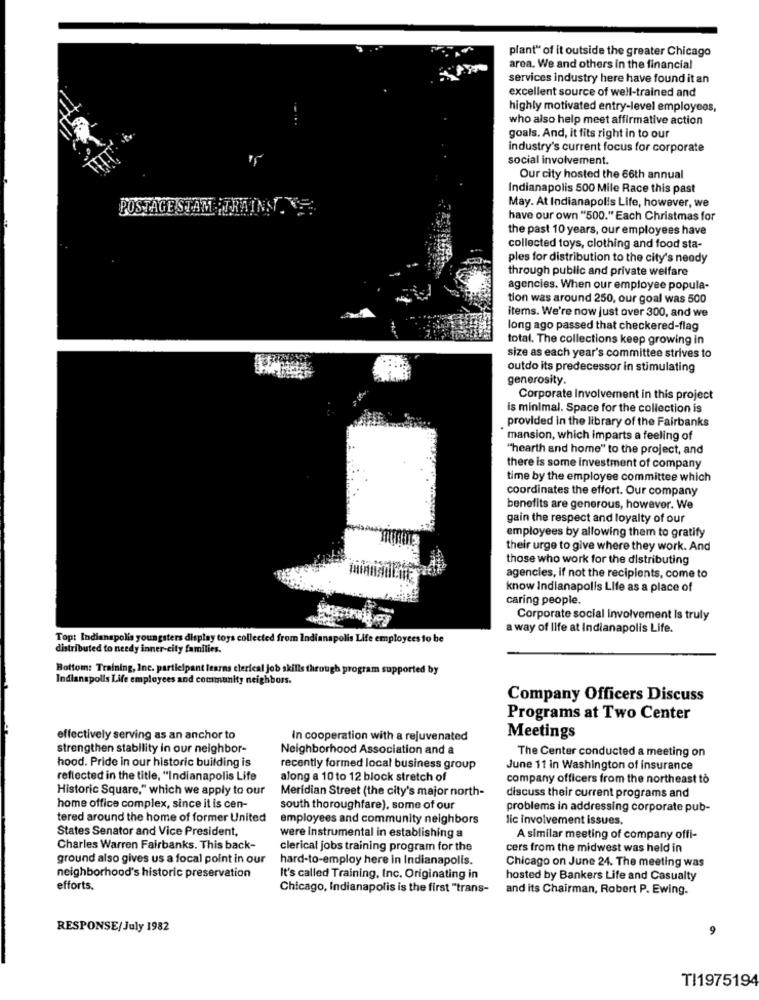
plant" of it outside the greater Chicago
area. We and others in the financial
services industry here have found it an
excellent source of well-trained and
highly motivated entry-level employees,
who also help meet affirmative action
goals. And, it fits right in to our
industry's current focus for corporate
social involvement.
Our city hosted the 66th annual
Indianapolis 500 Mile Race this past
POSTAGE STAM IT
May. At Indianapolis Life, however, we
have our own "500." Each Christmas for
the past 10 years, our employees have
collected toys, clothing and food sta-
ples for distribution to the city's needy
through public and private welfare
agencies. When our employee popula-
tion was around 250, our goal was 500
items. We're now just over 300, and we
long ago passed that checkered-flag
total. The collections keep growing in
size as each year's committee strives to
outdo its predecessor in stimulating
generosity.
Corporate Involvement in this project
is minimal. Space for the collection is
provided in the library of the Fairbanks
mansion, which imparts a feeling of
"hearth and home" to the project, and
there is some investment of company
time by the employee committee which
coordinates the effort. Our company
benefits are generous, however. We
gain the respect and loyalty of our
employees by allowing them to gratify
their urge to give where they work. And
those who work for the distributing
agencies, if not the recipients, come to
know Indianapolis Life as a place of
caring people.
Corporate social involvement Is truly
a way of life at Indianapolis Life.
Top: Indianapolis youngsters display toys collected from Indianapolis Life employees to be
distributed to needy inner-city families.
Bottom: Training, Inc. participant learns clerical job skills through program supported by
Indianapolis Life employees and community neighbors.
Company Officers Discuss
Programs at Two Center
effectively serving as an anchor to
In cooperation with a rejuvenated
Meetings
strengthen stability in our neighbor-
Neighborhood Association and a
hood. Pride in our historic building is
The Center conducted a meeting on
recently formed local business group
June 11 in Washington of insurance
reflected in the title, "Indianapolis Life
along a 10 to 12 block stretch of
company officers from the northeast to
Historic Square," which we apply to our
Meridian Street (the city's major north-
discuss their current programs and
home office complex, since it is cen-
south thoroughfare), some of our
problems in addressing corporate pub-
tered around the home of former United
employees and community neighbors
lic involvement issues.
States Senator and Vice President,
were instrumental in establishing a
A similar meeting of company offi-
Charles Warren Fairbanks. This back-
clerical jobs training program for the
cers from the midwest was held in
ground also gives us a focal point in our
hard-to-employ here in Indianapolis.
Chicago on June 24. The meeting was
neighborhood's historic preservation
It's called Training, Inc. Originating in
hosted by Bankers Life and Casualty
efforts.
Chicago, Indianapolis is the first "trans-
and its Chairman, Robert P. Ewing.
RESPONSE/July 1982
TI1975194